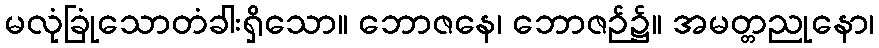
မလုံခြုံသောတံခါးရှိသော။ ဘောဇနေ၊ ဘောဇဉ်၌။ အမတ္တညုနော၊